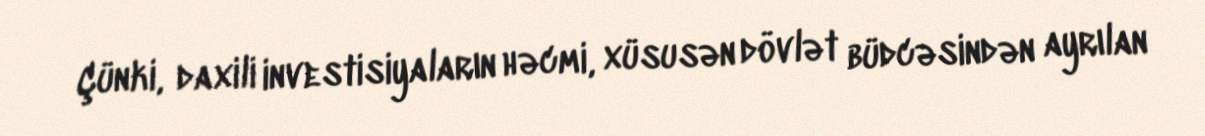
Çünki, daxili investisiyaların həcmi, xüsusən dövlət büdcəsindən ayrılan